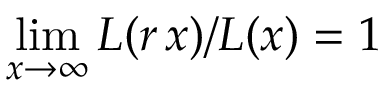
\operatorname* { l i m } _ { x \rightarrow \infty } L ( r \, x ) / L ( x ) = 1